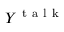
Y ^ { \mathrm { ~ t ~ a ~ l ~ k ~ } }